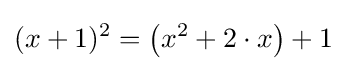
(x+1)^{2}=\left(x^{2}+2\cdot x\right)+1